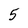
Character: 5